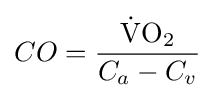
CO={\frac {\ce {{\dot {V}}O2}}{C_{a}-C_{v}}}